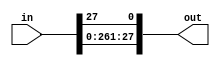
`timescale 1ns / 1ps
//////////////////////////////////////////////////////////////////////////////////
// Company: 
// Engineer: 
// 
// Design Name: 
// Module Name:    shiftreg 
// Project Name: 
// Target Devices: 
// Tool versions: 
// Description: 
//
// Dependencies: 
//
// Revision: 
// Revision 0.01 - File Created
// Additional Comments: 
//
//////////////////////////////////////////////////////////////////////////////////
module shiftreg1(
    input [28:1] in,
	 output [28:1] out
    );
	 
	 assign out= { in[27:1], in[28] };



endmodule